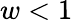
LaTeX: w<1